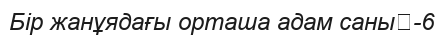
Бір жанұядағы орташа адам саны	-6